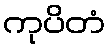
ကုပိတံ